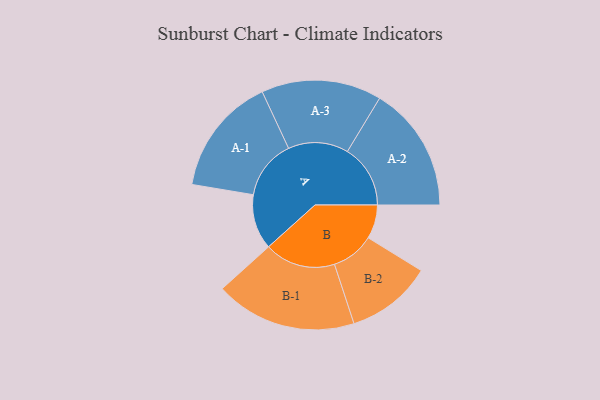
{"axis": {"x": "Segment", "y": "Value"}, "legend": ["", "A", "B"], "data": [{"x": "A", "y": 231, "type": ""}, {"x": "B", "y": 142, "type": ""}, {"x": "A-1", "y": 249, "type": "A"}, {"x": "A-2", "y": 264, "type": "A"}, {"x": "A-3", "y": 252, "type": "A"}, {"x": "B-1", "y": 297, "type": "B"}, {"x": "B-2", "y": 180, "type": "B"}]}